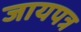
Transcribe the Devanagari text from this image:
जायपत्र